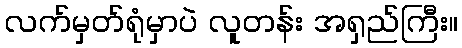
လက်မှတ်ရုံမှာပဲ လူတန်း အရှည်ကြီး။